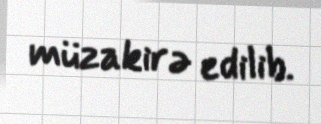
müzakirə edilib.